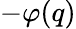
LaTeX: -\varphi(q)